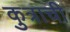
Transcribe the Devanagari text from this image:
कुत्राची